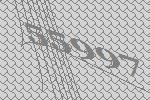
55997